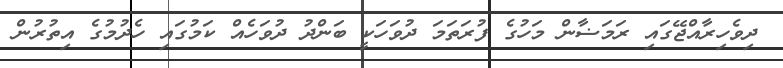
ދިވެހިރާއްޖޭގައި ރަމަޟާން މަހުގެ ފުރަތަމަ ދުވަހަކީ ބަންދު ދުވަހެއް ކަމުގައި ހެދުމުގެ އިތުރުން